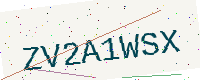
Text: ZV2A1WSX